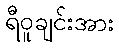
ရီဝူချင်းအား